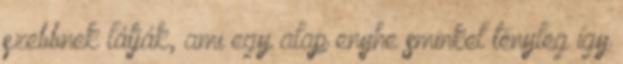
szebbnek látják, ami egy alap enyhe sminkel tényleg így